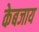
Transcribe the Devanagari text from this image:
केबजाय